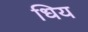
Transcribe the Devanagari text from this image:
धिय